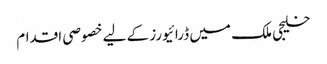
خلیجی ملک میں ڈرائیورز کے لیے خصوصی اقدام